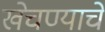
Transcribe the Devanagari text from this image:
खेचण्याचे